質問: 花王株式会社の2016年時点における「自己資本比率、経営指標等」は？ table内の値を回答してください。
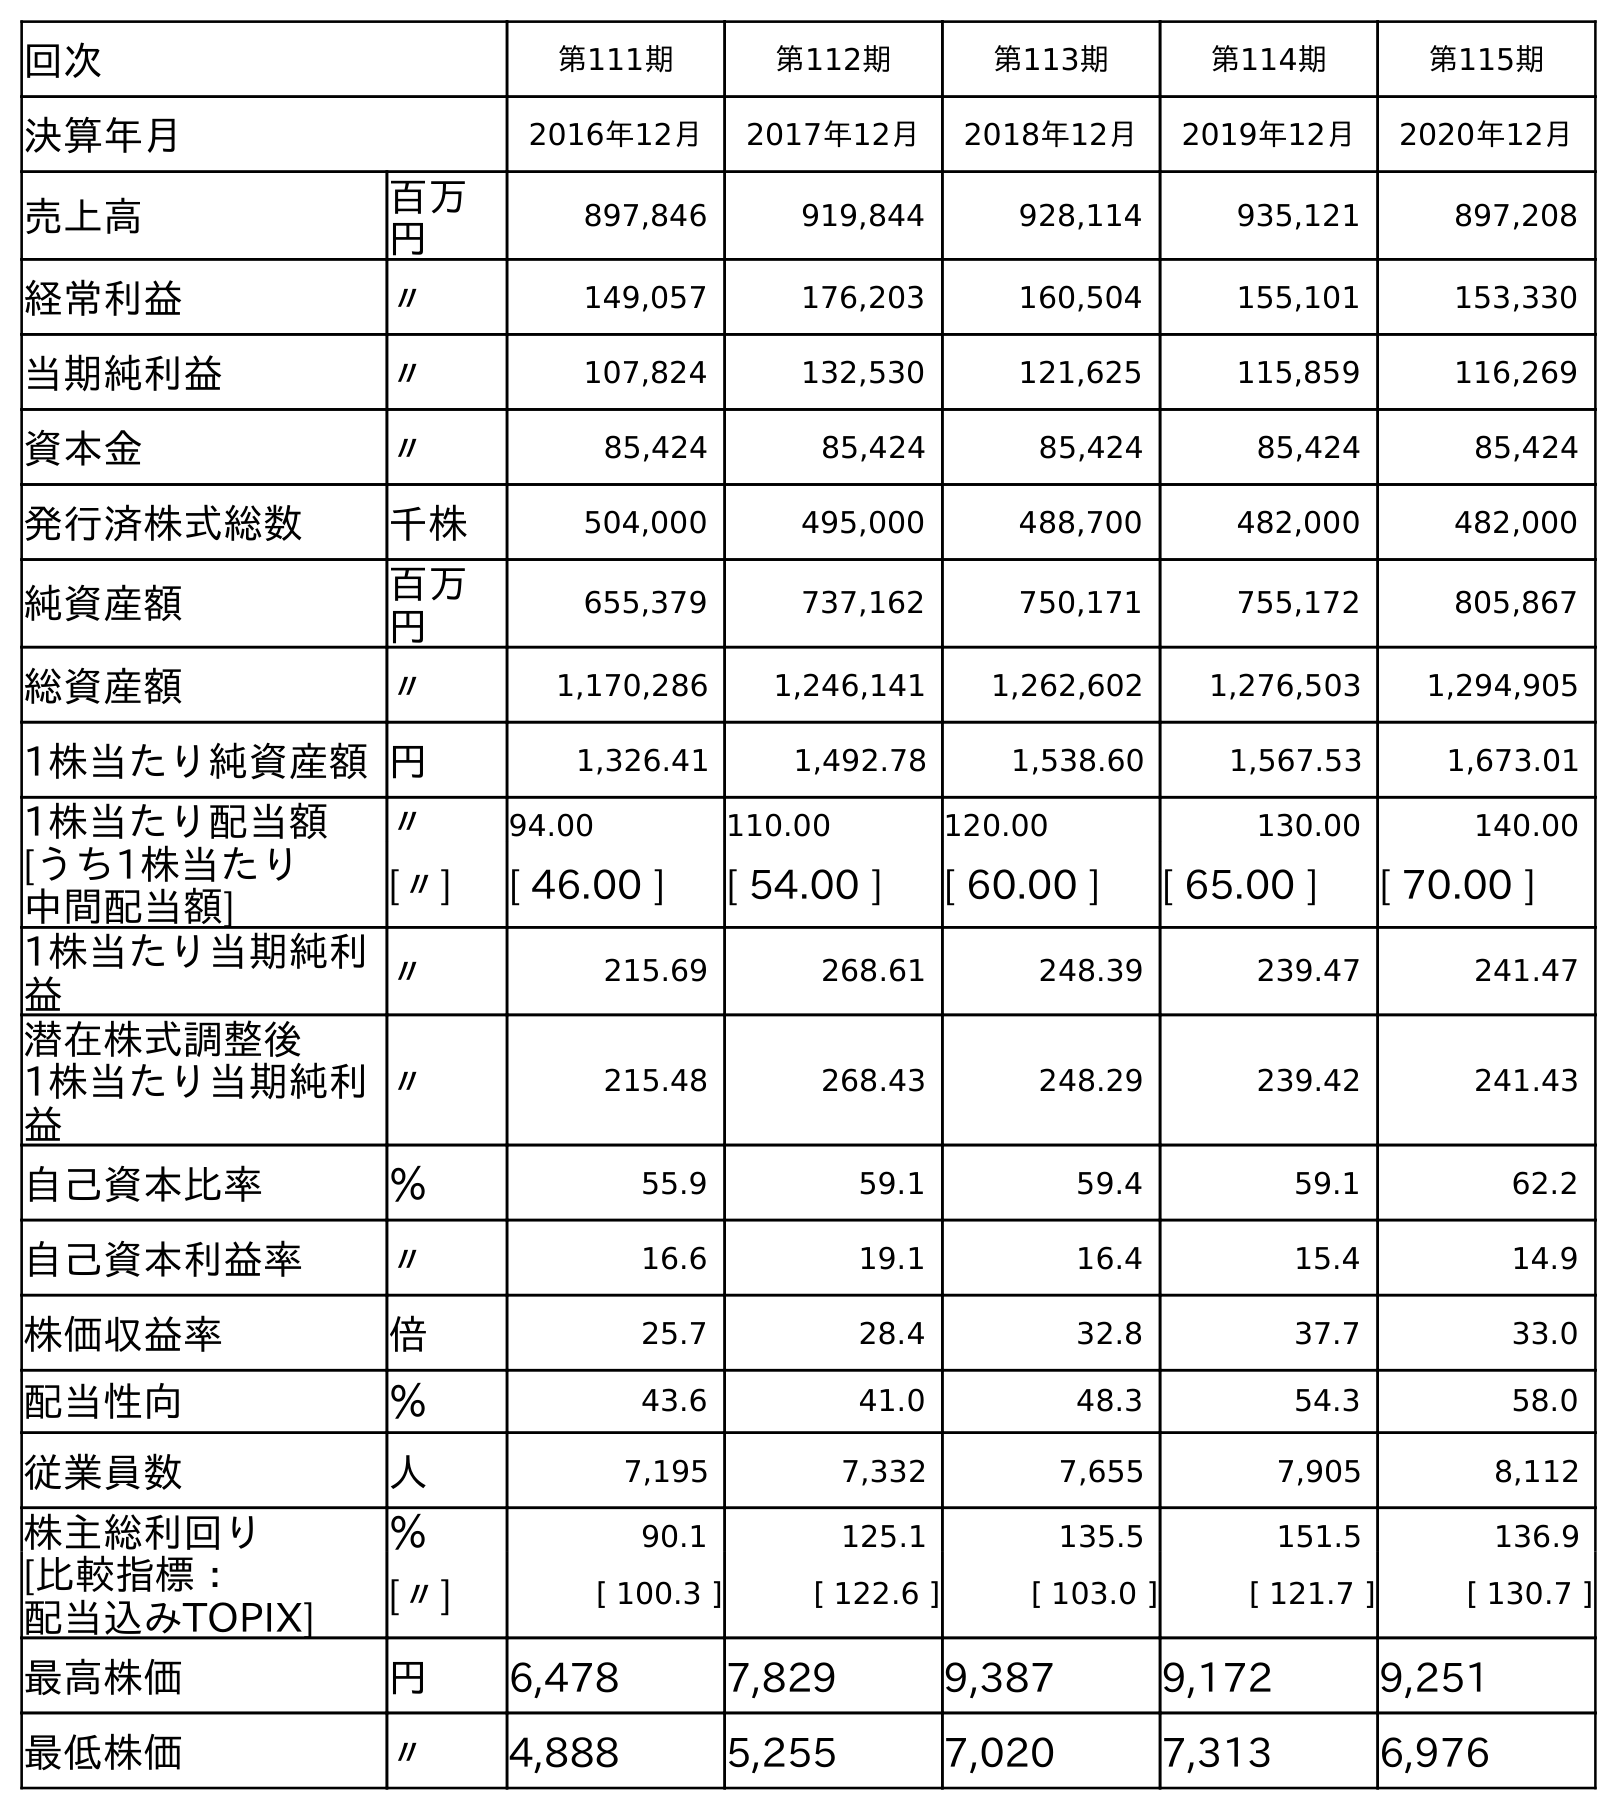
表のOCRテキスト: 回次 第111期 第112期 第113期 第114期 第115期 決算年月 2016年12月 2017年12月 2018年12月 2019年12月 2020年12月 売上高 百万 円 897,846 919,844 928,114 935,121 897,208 経常利益 〃 149,057 176,203 160,504 155,101 153,330 当期純利益 〃 107,824 132,530 121,625 115,859 116,269 資本金 〃 85,424 85,424 85,424 85,424 85,424 発行済株式総数 千株 504,000 495,000 488,700 482,000 482,000 純資産額 百万 円 655,379 737,162 750,171 755,172 805,867 総資産額 〃 1,170,286 1,246,141 1,262,602 1,276,503 1,294,905 1株当たり純資産額円 1,326.41 1,492.78 1,538.60 1,567.53 1,673.01 1株当たり配当額 〃 94.00 110.00 120.00 130.00 140.00 [うち1株当たり 中間配当額] [〃] [ 46.00 ] [ 54.00 ] [ 60.00 ] [ 65.00 ] [ 70.00 ] 1株当たり当期純利 益 〃 215.69 268.61 248.39 239.47 241.47 潜在株式調整後 1株当たり当期純利 益 〃 215.48 268.43 248.29 239.42 241.43 自己資本比率 ％ 55.9 59.1 59.4 59.1 62.2 自己資本利益率 〃 16.6 19.1 16.4 15.4 14.9 株価収益率 倍 25.7 28.4 32.8 37.7 33.0 配当性向 ％ 43.6 41.0 48.3 54.3 58.0 従業員数 人 7,195 7,332 7,655 7,905 8,112 株主総利回り ％ 90.1 125.1 135.5 151.5 136.9 [比較指標： 配当込みTOPIX] [〃] [ 100.3 ] [ 122.6 ] [ 103.0 ] [ 121.7 ] [ 130.7 ] 最高株価 円 6,478 7,829 9,387 9,172 9,251 最低株価 〃 4,888 5,255 7,020 7,313 6,976
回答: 55.9